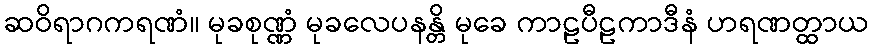
ဆဝိရာဂကရဏံ။ မုခစုဏ္ဏံ မုခလေပနန္တိ မုခေ ကာဠပီဠကာဒီနံ ဟရဏတ္ထာယ